Calcutta medical institutions reports 1871-78
Year: 1871
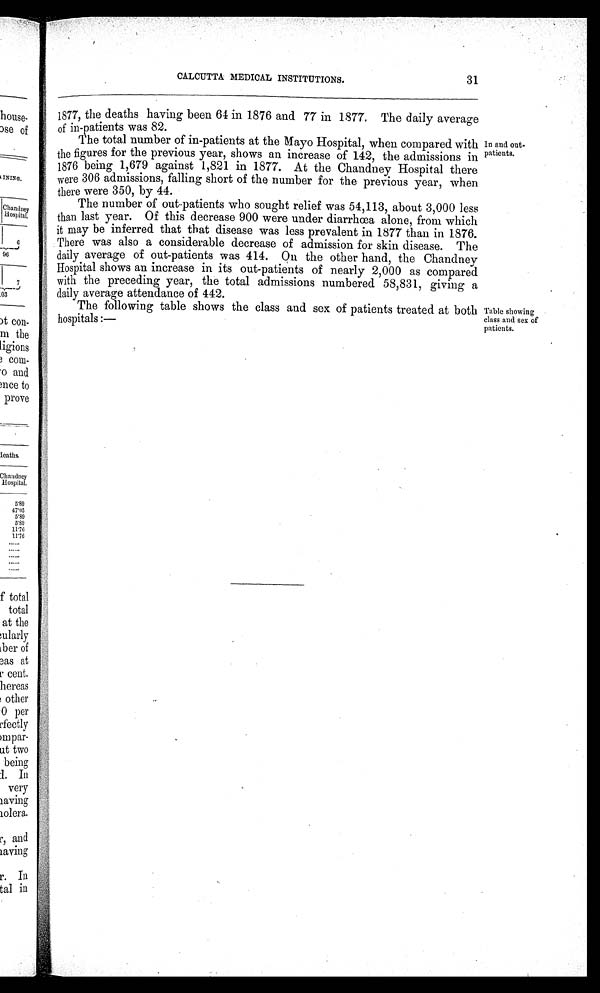
CALCUTTA MEDICAL INSTITUTIONS.
31
1877, the deaths having been 64 in 1876 and 77 in 1877. The daily average
of in-patients was 82.
The total number of in-patients at the Mayo Hospital, when compared with
the figures for the previous year, shows an increase of 142, the admissions in
1876 being 1,679 against 1,821 in 1877. At the Chandney Hospital there
were 306 admissions, falling short of the number for the previous year, when
there were 350. by 44.
The number of out-patients who sought relief was 54,113, about 3,000 less
than last year. Of this decrease 900 were under diarrhœa alone, from which
it may be inferred that that disease was less prevalent in 1877 than in 1876.
There was also a considerable decrease of admission for skin disease. The
daily average of out-patients was 414. On the other hand, the Chandney
Hospital shows an increase in its out-patients of nearly 2,000 as compared
with the preceding year, the total admissions numbered 58,831, giving a
daily average attendance of 442.
The following table shows the class and sex of patients treated at both
hospitals :—
.n and out-patients.
Table showing
class and sei of
patients.